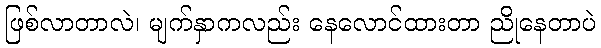
ဖြစ်လာတာလဲ၊ မျက်နှာကလည်း နေလောင်ထားတာ ညိုနေတာပဲ